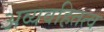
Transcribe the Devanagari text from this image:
अव्यवहितत्व